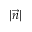
| { \vec { n } } |